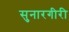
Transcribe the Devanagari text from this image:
सुनारगीरी